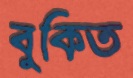
বুকিত